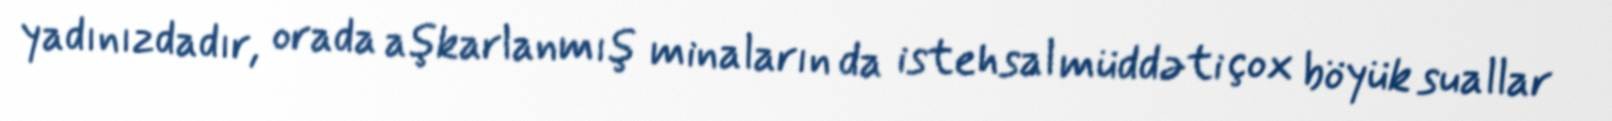
yadınızdadır, orada aşkarlanmış minaların da istehsal müddəti çox böyük suallar